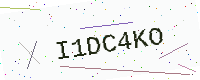
Text: I1DC4KO